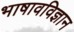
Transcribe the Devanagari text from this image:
भाषावविज्ञान